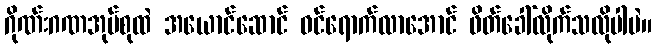
ဂိုဏ်းဂဏအုပ်စုထဲ အယောင်ဆောင် ဝင်ရောက်လာအောင် ဖိတ်ခေါ်လိုက်သလိုပါပဲ။